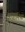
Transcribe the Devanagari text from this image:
कंपानिया